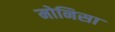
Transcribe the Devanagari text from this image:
मोनिसा